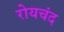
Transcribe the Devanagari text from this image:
रोयचंद